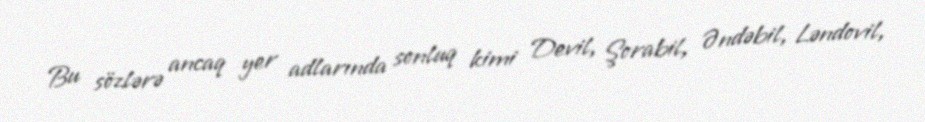
Bu sözlərə ancaq yer adlarında sonluq kimi Devil, Şorabil, Əndəbil, Ləndovil,